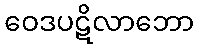
ဝေဒပဋိလာဘော